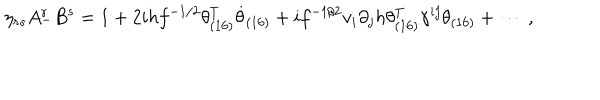
\eta _ { r s } A _ { - } ^ { r } B ^ { s } = 1 + 2 i h f ^ { - 1 / 2 } \theta _ { ( 1 6 ) } ^ { T } \dot { \theta } _ { ( 1 6 ) } + i f ^ { - 1 / 2 } v _ { i } \partial _ { j } h \theta _ { ( 1 6 ) } ^ { T } \gamma ^ { i j } \theta _ { ( 1 6 ) } + \cdots ~ ,